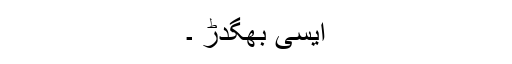
ایسی بھگدڑ ۔